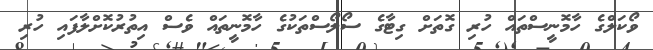
ވޯކަލްގެ ހާމޮނީސްތައް ހުރި ގޮތަށް ގިޓާގެ ސޯލޯސްތަކުގެ ހާމޮނީތައް ވެސް އިތުރުކޮށްލާފައި ހުރި